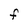
Character: F